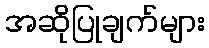
အဆိုပြုချက်များ